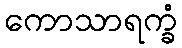
ကောသာရက္ခံ